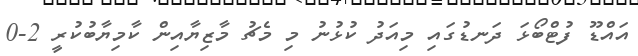
އައްޑޫ ފުޓްބޯޅަ ދަނޑުގައި މިއަދު ކުޅުނު މި މެޗު މާޒިޔާއިން ކާމިޔާބުކުރީ 2-0